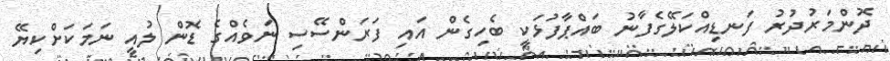
ދޮންމަރުދުރު ފަނޑިއްކަލޭގެފާނު ބައްޕާފުޅަކީ ބެހިގެން އައި ފަރަންސޭސި ނަވެއްގެ ޑޮން ލުއީ ނަމަކަށްކިޔޭ